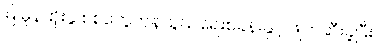
မြူမှုန်ထိုးခွဲ စစ်တွေကုန်သွယ်ရေးစခန်းနှင့် ဖျက်ဆီးခဲ့ပြီး